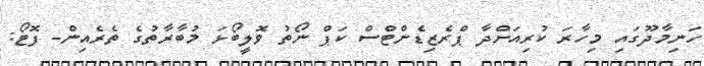
ހަނިމާދޫގައި މިހާރަ ކުރިއަށްދާ ޕްރެޒިޑެންޓްސް ކަޕް ނޯތު ވޮލީބޯޅަ މުބާރާތުގެ ތެރެއިން- ފޮޓޯ: